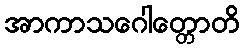
အာကာသဂေါတ္တောတိ